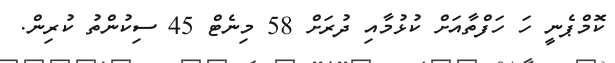
ކޮމްޕެނީ ހަ ހަފްތާއަށް ކުޅުމާއި ދުރަށް 58 މިނެޓް 45 ސިކުންތު ކުރިން.